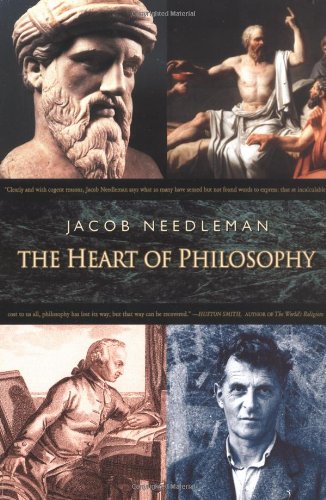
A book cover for The Heart of Philosophy; Jacob Needleman; Politics & Social Sciences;